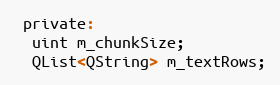
Language: C
 private:
  uint m_chunkSize;
  QList<QString> m_textRows;